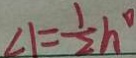
\angle 1 = \frac { 1 } { 2 } h ^ { \circ }